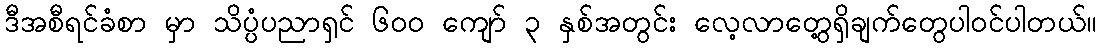
ဒီအစီရင်ခံစာ မှာ သိပ္ပံပညာရှင် ၆၀၀ ကျော် ၃ နှစ်အတွင်း လေ့လာတွေ့ရှိချက်တွေပါဝင်ပါတယ်။